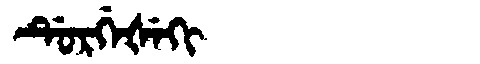
Manchu: ᡩᡠᡵᡤᡝᡧᡝᡴᡳ
Romanization: DURGEŠEKI